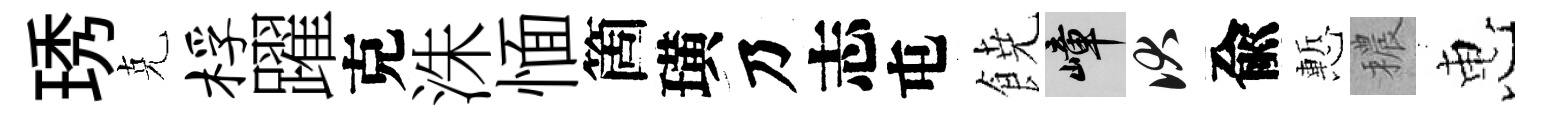
琇克桴躍克洙愐箇璜乃志屯𩜙嶂伏兪慙穠惠